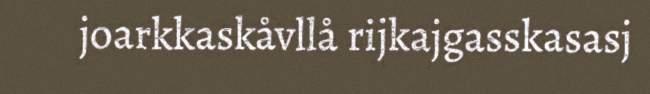
joarkkaskåvllå rijkajgasskasasj